Report on enteric fever
Disease focus: Fever
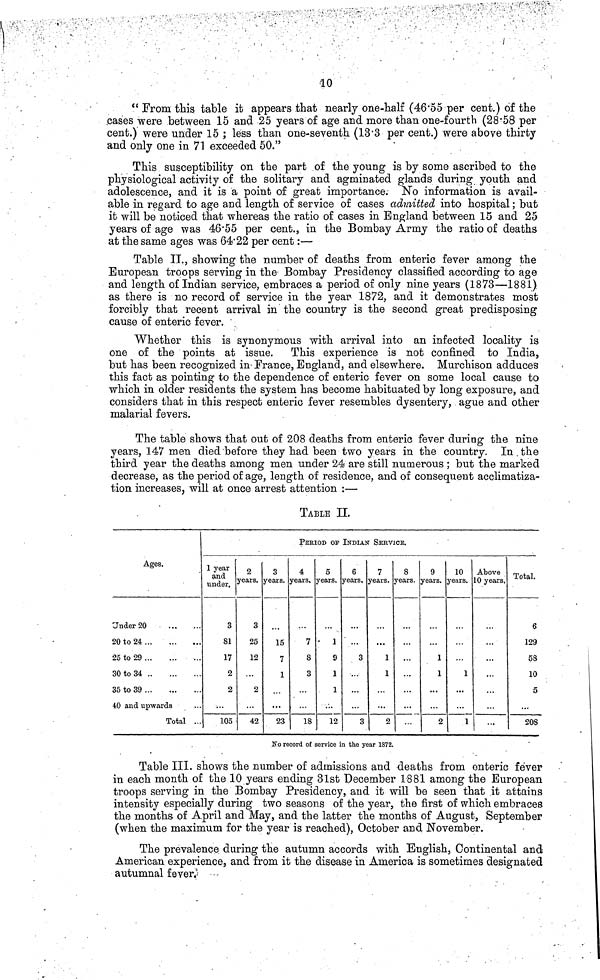
10
" From this table it appears that nearly one-half (46'55 per cent.) of the
cases were between 15 and 25 years of age and more than one-fourth (28.58 per
cent.) were under 15 ; less than one-seventh (13.3 per cent.) were above thirty
and only one in 71 exceeded 50."
This susceptibility on the part of the young is by some ascribed to the
physiological activity of the solitary and agminated glands during youth and
adolescence, and it is a point of great importance. No information is avail-
able in regard to age and length of service of cases admitted into hospital ; but
it will be noticed that whereas the ratio of cases in England between 15 and 25
years of age was 46.55 per cent., in the Bombay Army the ratio of deaths
at the same ages was 64.22 per cent :—
Table II., showing the number of deaths from enteric fever among the
European troops serving in the Bombay Presidency classified according to age
and length of Indian service, embraces a period of only nine years (1873—1881)
as there is no record of service in the year 1872, and it demonstrates most
forcibly that recent arrival in the country is the second great predisposing
cause of enteric fever.
Whether this is synonymous with arrival into an infected locality is
one of the points at issue. This experience is not confined to India,
but has been recognized in-France, England, and elsewhere. Murchison adduces
this fact as pointing to the dependence of enteric fever on some local cause to
which in older residents the system has become habituated by long exposure, and
considers that in this respect enteric fever resembles dysentery, ague and other
malarial fevers.
The table shows that out of 208 deaths from enteric fever during the nine
years, 147 men died before they had been two years in the country. In.the
third year the deaths among men under 24 are still numerous ; but the marked
decrease, as the period of age, length of residence, and of consequent acclimatiza-
tion increases, will at once arrest attention :—
TABLE II.
Ages.
Under 20
20 to 24
25 to 29
30 to 34
35 to 39
40 and upwards
Total ..
PERIOD OF INDIAN SERVICE.
1 year
and
under.
3
81
17
2
2
105
2
years.
3
25
12
...
2
42
3
years.
15
7
1
23
4
years.
7
S
3
18
5
years.
1
9
1
1
12
6
years.
3
3
7
years.
1
1
2
8
years.
...
9
years.
1
1
2
10
years.
1
1
Above
10 years.
...
...
Total.
6
129
58
10
5
208
No record of service in the year 1872.
Table III. shows the number of admissions and deaths from enteric fever
in each month of the 10 years ending 31st December 1881 among the European
troops serving in the Bombay Presidency, and it will be seen that ,it attains
intensity especially during two seasons of the year, the first of which embraces
the months of April and May, and the latter the months of August, September
(when the maximum for the year is reached), October and November.
The prevalence during the autumn accords with English, Continental and
American experience, and from it the disease in America is sometimes designated
autumnal fever.